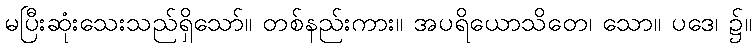
မပြီးဆုံးသေးသည်ရှိသော်။ တစ်နည်းကား။ အပရိယောသိတေ၊ သော။ ပဒေ၊ ၌။